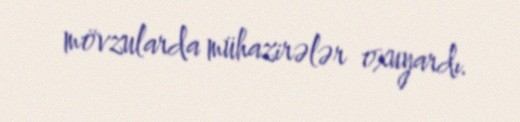
mövzularda mühazirələr oxuyardı.